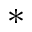
\ast